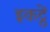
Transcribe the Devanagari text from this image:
इकट्ठें